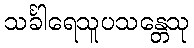
သင်္ခါရေသူပသန္တေသု